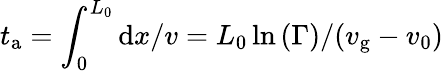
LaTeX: t_{\mathrm{a}}=\int_{0}^{L_{0}}\mathrm{d}x/v=L_{0}\ln{(\Gamma)}/(v_{\mathrm{g}}-v_{0})